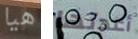
هيا أعدتها